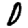
Digit: 0